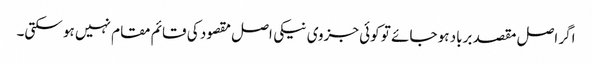
اگر اصل مقصد برباد ہو جائے تو کوئی جزوی نیکی اصل مقصود کی قائم مقام نہیں ہو سکتی۔